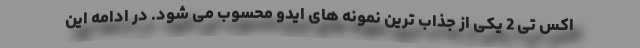
اکس تی 2 یکی از جذاب ترین نمونه های ایدو محسوب می شود. در ادامه این